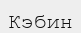
Кэбин